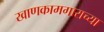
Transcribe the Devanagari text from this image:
खाणकामगाराच्या